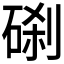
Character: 𥓑